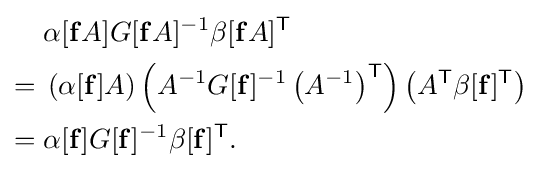
{\begin{aligned}&\alpha [\mathbf {f} A]G[\mathbf {f} A]^{-1}\beta [\mathbf {f} A]^{\mathsf {T}}\\={}&\left(\alpha [\mathbf {f} ]A\right)\left(A^{-1}G[\mathbf {f} ]^{-1}\left(A^{-1}\right)^{\mathsf {T}}\right)\left(A^{\mathsf {T}}\beta [\mathbf {f} ]^{\mathsf {T}}\right)\\={}&\alpha [\mathbf {f} ]G[\mathbf {f} ]^{-1}\beta [\mathbf {f} ]^{\mathsf {T}}.\end{aligned}}